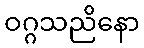
ဝဂ္ဂသညိနော